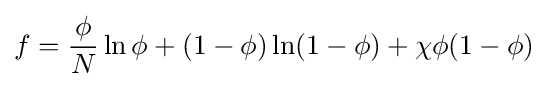
f={\frac {\phi }{N}}\ln \phi +(1-\phi )\ln(1-\phi )+\chi \phi (1-\phi )